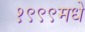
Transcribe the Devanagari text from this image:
१९९९मधे